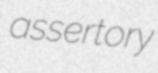
assertory